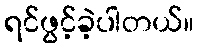
ရင်ဖွင့်ခဲ့ပါတယ်။